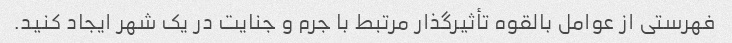
فهرستی از عوامل بالقوه تأثیرگذار مرتبط با جرم و جنایت در یک شهر ایجاد کنید.